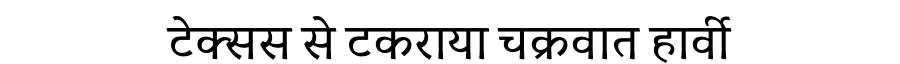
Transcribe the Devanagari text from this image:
टेक्सस से टकराया चक्रवात हार्वी